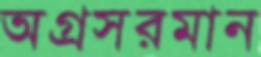
অগ্রসরমান